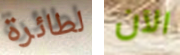
لطائرة الآن